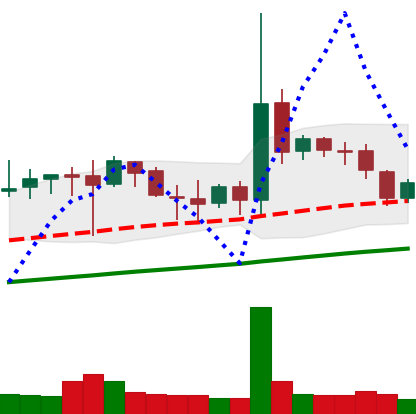
Ticker: DOGE-USD
Chart end date: 2019-07-12
Forward return: -9.281%
Label: down_7plus